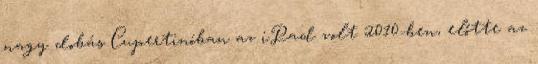
nagy dobás Cupertinóban az iPad volt 2010-ben, előtte az